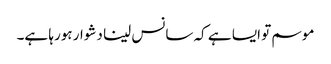
موسم تو ایسا ہے کہ سانس لینا دشوار ہورہا ہے۔